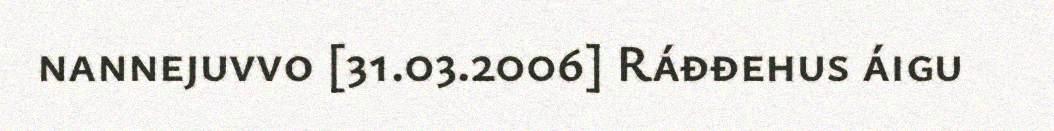
nannejuvvo [31.03.2006] Ráđđehus áigu